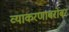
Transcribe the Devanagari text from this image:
व्याकरणाबरोबर